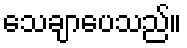
သေချာပေသည်။